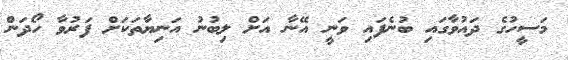
މަސީހުގެ ދައުވާގައި ބުނެފައި ވަނީ އޭނާ އަށް ލިބުނު އަނިޔާތަކަށް ފަރުވާ ހޯދަން